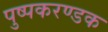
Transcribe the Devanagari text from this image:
पुष्पकरण्डक